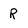
Character: R